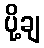
ပို့ချ